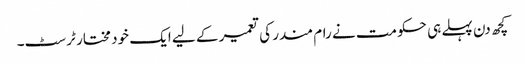
کچھ دن پہلے ہی حکومت نے رام مندر کی تعمیر کے لیے ایک خود مختار ٹرسٹ۔